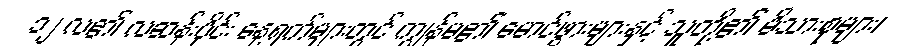
၁၂ လ၏ လဆန်းပိုင်း နေ့ရက်များတွင် ကျွန်မ၏ မောင်ဖွားများနှင့် သူတို့၏ မိသားစုများ၊